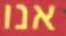
אנו